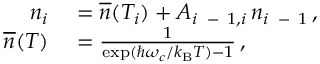
\begin{array} { r l } { n _ { i } } & { { } = \overline { { n } } ( T _ { i } ) + A _ { i \, \mathrm { ~ - ~ } 1 , i } \, n _ { i \, \mathrm { ~ - ~ } 1 } \, , } \\ { \overline { { n } } ( T ) } & { { } = \frac { 1 } { \exp ( \hbar \omega _ { c } / k _ { \mathrm { B } } T ) - 1 } \, , } \end{array}